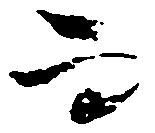
而